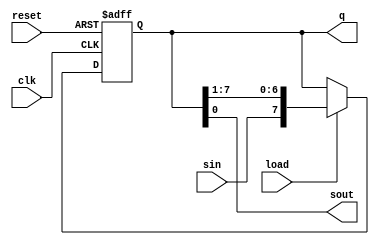

// shift register: used for storing clause data

module shiftreg #(parameter N = 8)
				(input clk, reset, load, sin,
				output reg [N-1:0] q,
				output sout);
		
		assign sout = q[0];
		
		always @ (posedge clk or posedge reset)
			if (reset)
				q <= 0;
			else if (load)
				q <= {sin, q[N-1:1]};
				
endmodule

module shiftreg_wrapper (input [3:0] in,
						output [8:0] out);

	shiftreg #(8) dut (in[3], in[2], in[1], in[0], out[8:1], out[0]);

endmodule

/*
`define CL_DUT shiftreg_wrapper
`define CL_TV "tst/shiftreg.tv"
`define CL_IN_WIDTH 4
`define CL_OUT_WIDTH 9

`include "inc/cl_testbench.v"
*/